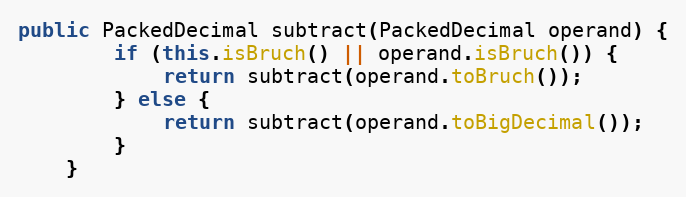
Language: Java
public PackedDecimal subtract(PackedDecimal operand) {
        if (this.isBruch() || operand.isBruch()) {
            return subtract(operand.toBruch());
        } else {
            return subtract(operand.toBigDecimal());
        }
    }